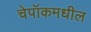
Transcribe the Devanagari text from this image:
चेपॉकमधील